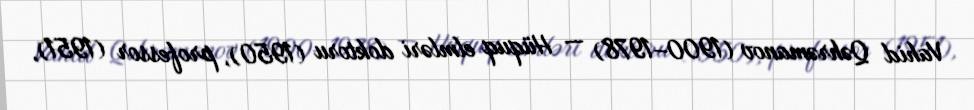
Vahid Qəhrəmanov (1900–1978) — Hüquq elmləri doktoru (1950), professor (1951),